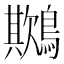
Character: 𪅾